Annual report of the Civil Veterinary Department, Bengal, for the year 1898-99 - 1898-1899
Year: 1898
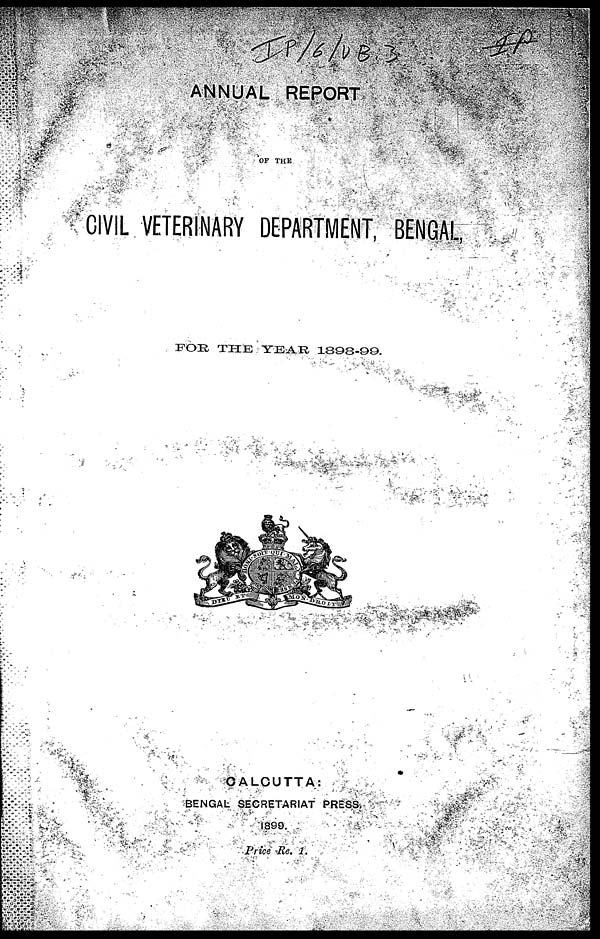
ANNUAL REPORT
OF THE
CIVIL VETERINARY DEPARTMENT, BENGAL,
FOR THE YEAR 1898-99.
CALCUTTA:
BENGAL SECRETARIAT PRESS
1899.
Price Re. 1.